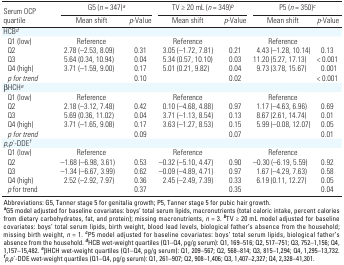
<table><thead><tr><td rowspan="2"><b>Serum OCP quartile</b></td><td colspan="2"><b>G5 (<i>n </i>= 347)<sup><i>a</i></sup></b></td><td colspan="2"><b>TV ≥ 20 mL (<i>n </i>= 349)<sup><i>b</i></sup></b></td><td colspan="2"><b>P5 (<i>n </i>= 350)<sup><i>c</i></sup></b></td></tr><tr><td><b>Mean shift</b></td><td><b><i>p</i>-Value</b></td><td><b>Mean shift</b></td><td><b><i>p</i>-Value</b></td><td><b>Mean shift</b></td><td><b><i>p</i>-Value</b></td></tr></thead><tbody><tr><td><b>HCB<sup><i>d</i></sup></b></td></tr><tr><td><b>Q1 (low)</b></td><td>Reference</td><td></td><td>Reference</td><td></td><td>Reference</td></tr><tr><td><b>Q2</b></td><td>2.78 (–2.53, 8.09)</td><td>0.31</td><td>3.05 (–1.72, 7.81)</td><td>0.21</td><td>4.43 (–1.28, 10.14)</td><td>0.13</td></tr><tr><td><b>Q3</b></td><td>5.64 (0.34, 10.94)</td><td>0.04</td><td>5.34 (0.57, 10.10)</td><td>0.03</td><td>11.20 (5.27, 17.13)</td><td>&lt; 0.001</td></tr><tr><td><b>Q4 (high)</b></td><td>3.71 (–1.59, 9.00)</td><td>0.17</td><td>5.01 (0.21, 9.82)</td><td>0.04</td><td>9.73 (3.78, 15.67)</td><td>0.001</td></tr><tr><td><b><i>p for trend</i></b></td><td></td><td>0.10</td><td></td><td>0.02</td><td></td><td>&lt; 0.001</td></tr><tr><td><b>βHCH<sup><i>e</i></sup></b></td></tr><tr><td><b>Q1 (low)</b></td><td>Reference</td><td></td><td>Reference</td><td></td><td>Reference</td></tr><tr><td><b>Q2</b></td><td>2.18 (–3.12, 7.48)</td><td>0.42</td><td>0.10 (–4.68, 4.88)</td><td>0.97</td><td>1.17 (–4.63, 6.96)</td><td>0.69</td></tr><tr><td><b>Q3</b></td><td>5.69 (0.36, 11.02)</td><td>0.04</td><td>3.71 (–1.13, 8.54)</td><td>0.13</td><td>8.67 (2.61, 14.74)</td><td>0.01</td></tr><tr><td><b>Q4 (high)</b></td><td>3.71 (–1.65, 9.08)</td><td>0.17</td><td>3.63 (–1.27, 8.53)</td><td>0.15</td><td>5.99 (–0.08, 12.07)</td><td>0.05</td></tr><tr><td><b><i>p for trend</i></b></td><td></td><td>0.09</td><td></td><td>0.07</td><td></td><td>0.01</td></tr><tr><td><b><i>p,p</i> ́-DDE<sup><i>f</i></sup></b></td></tr><tr><td><b>Q1 (low)</b></td><td>Reference</td><td></td><td>Reference</td><td></td><td>Reference</td></tr><tr><td><b>Q2</b></td><td>–1.68 (–6.98, 3.61)</td><td>0.53</td><td>–0.32 (–5.10, 4.47)</td><td>0.90</td><td>–0.30 (–6.19, 5.59)</td><td>0.92</td></tr><tr><td><b>Q3</b></td><td>–1.34 (–6.67, 3.99)</td><td>0.62</td><td>–0.09 (–4.89, 4.71)</td><td>0.97</td><td>1.67 (–4.29, 7.63)</td><td>0.58</td></tr><tr><td><b>Q4 (high)</b></td><td>2.52 (–2.92, 7.97)</td><td>0.36</td><td>2.45 (–2.49, 7.39)</td><td>0.33</td><td>6.19 (0.11, 12.27)</td><td>0.05</td></tr><tr><td><b><i>p</i> for trend</b></td><td></td><td>0.37</td><td></td><td>0.35</td><td></td><td>0.04</td></tr><tr><td colspan="7">Abbreviations: G5, Tanner stage 5 for genitalia growth; P5, Tanner stage 5 for pubic hair growth. <sup><i><b>a</b></i></sup>G5 model adjusted for baseline covariates: boys’ total serum lipids, macronutrients (total caloric intake, percent calories from dietary carbohydrates, fat, and protein); missing macronutrients, <i>n </i>= 3. <sup><i><b>b</b></i></sup>TV ≥ 20 mL model adjusted for baseline covariates: boys’ total serum lipids, birth weight, blood lead levels, biological father’s absence from the household; missing birth weight, <i>n </i>= 1. <sup><i><b>c</b></i></sup>P5 model adjusted for baseline covariates: boys’ total serum lipids, biological father’s absence from the household. <sup><i><b>d</b></i></sup>HCB wet-weight quartiles (Q1–Q4, pg/g serum): Q1, 169–516; Q2, 517–751; Q3, 752–1,156; Q4, 1,157–15,482. <sup><i><b>e</b></i></sup>βHCH wet-weight quartiles (Q1–Q4, pg/g serum): Q1, 209–567; Q2, 568–814; Q3, 815–1,294; Q4, 1,295–13,732. <sup><i><b>f</b></i></sup><i>p,p</i> ́-DDE wet-weight quartiles (Q1–Q4, pg/g serum): Q1, 261–907; Q2, 908–1,406; Q3, 1,407–2,327; Q4, 2,328–41,301.</td></tr></tbody></table>